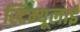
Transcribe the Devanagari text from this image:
स्टिम्यूलाई